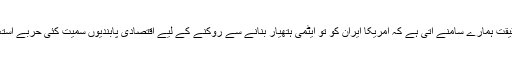
اس حوالے سے ایران کے ایٹمی پروگرام پر نظر ڈالیں تو یہ بدنما حقیقت ہمارے سامنے آتی ہے کہ امریکا ایران کو تو ایٹمی ہتھیار بنانے سے روکنے کے لیے اقتصادی پابندیوں سمیت کئی حربے استعمال کر رہا ہے لیکن اسرائیل کو اس نے جنوبی کوریا بنا رکھا ہے۔